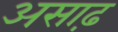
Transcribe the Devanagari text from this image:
असाढ़